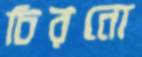
চিরনো